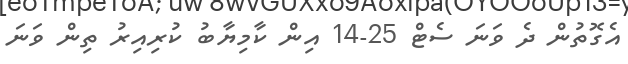
އެގޮތުން ދެ ވަނަ ސެޓް 25-14 އިން ކާމިޔާބު ކުރިއިރު ތިން ވަނަ